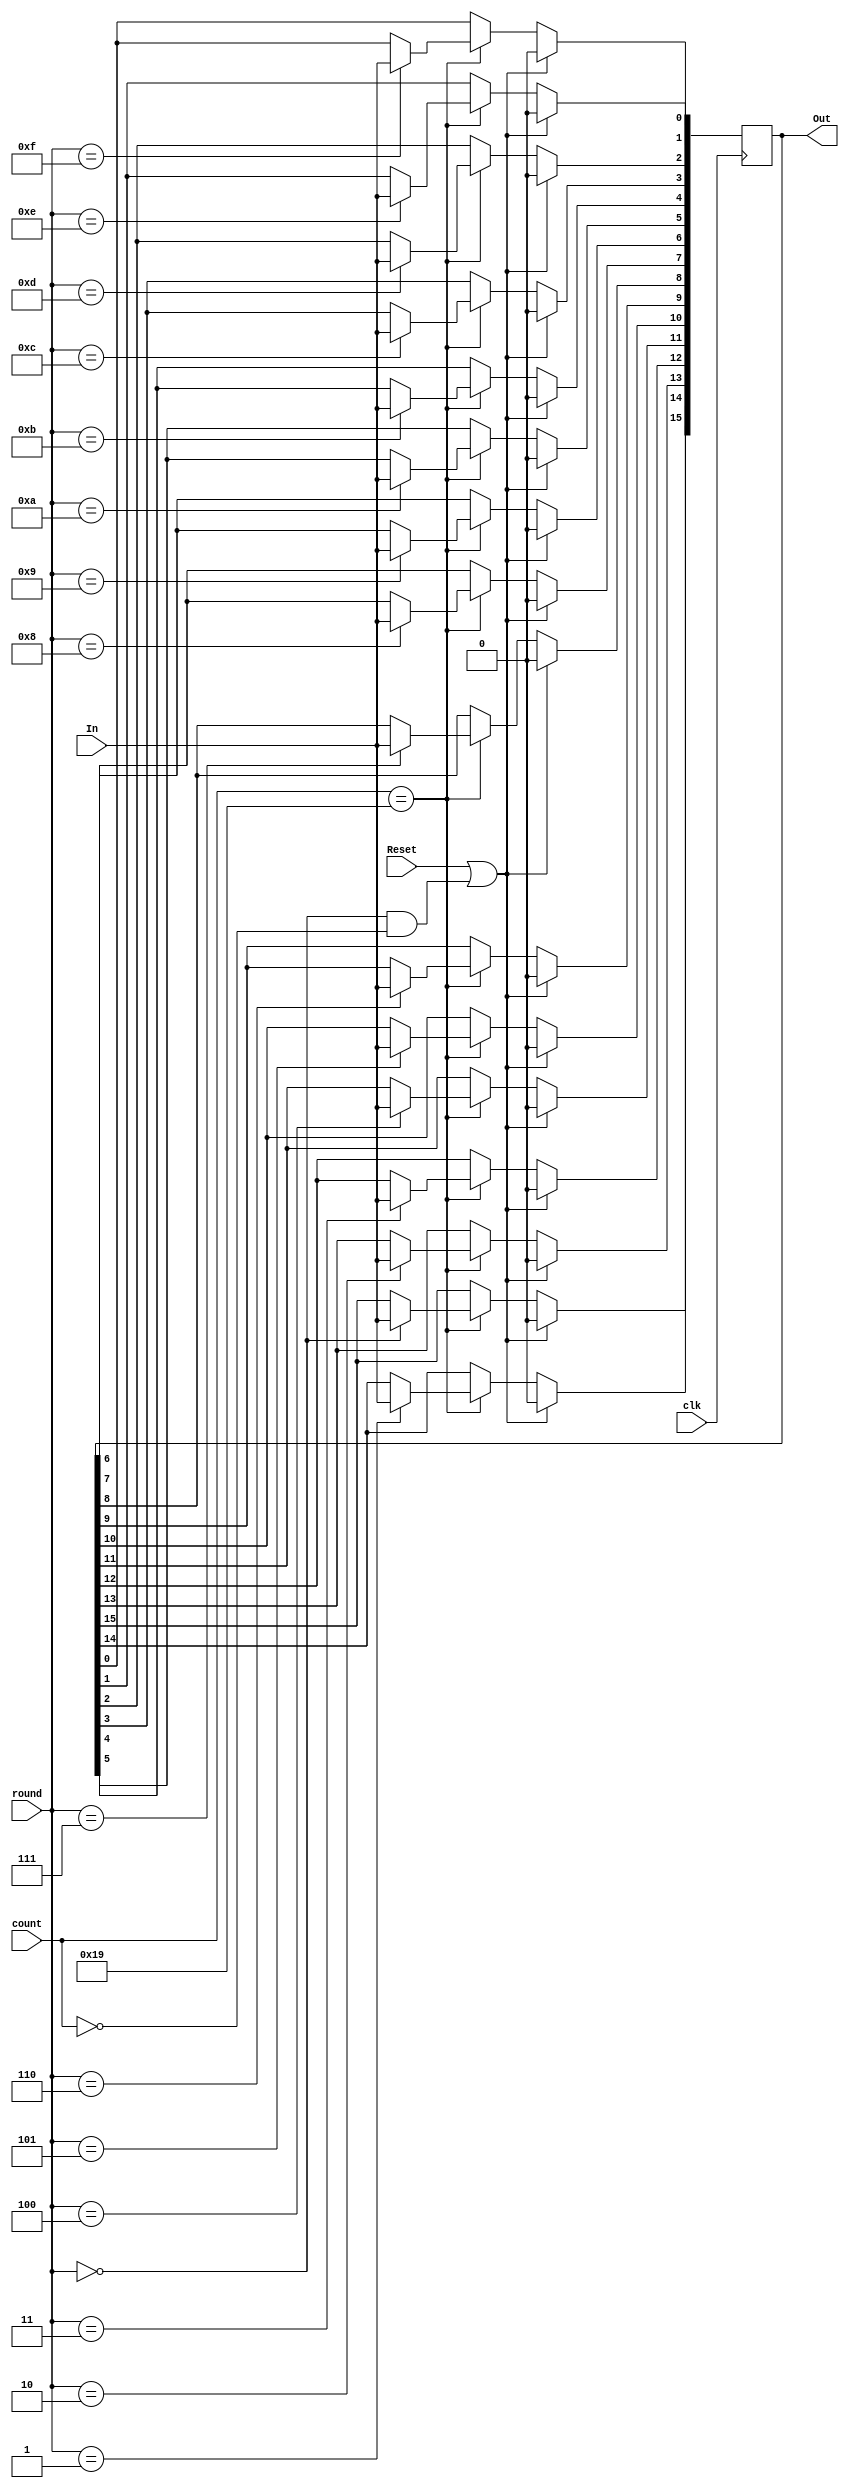
`timescale 1ns / 1ps

(* DONT_TOUCH = "true" *) 
module Response_Register(
    input In, clk,
    input [0:3] round,
    input [0:4] count,
    input Reset,
    output reg [0:15] Out
);

    always@( posedge clk )begin

        if( Reset || ( round == 4'd0 && count == 5'd0 ) )begin
            Out <= 16'd0;
        end
        else if( count == 5'd25 )begin
            
            case( round )
                4'd0:  Out[0]  <= In;
                4'd1:  Out[1]  <= In;
                4'd2:  Out[2]  <= In;
                4'd3:  Out[3]  <= In;
                4'd4:  Out[4]  <= In;
                4'd5:  Out[5]  <= In;
                4'd6:  Out[6]  <= In;
                4'd7:  Out[7]  <= In;
                4'd8:  Out[8]  <= In;
                4'd9:  Out[9]  <= In;
                4'd10: Out[10] <= In;
                4'd11: Out[11] <= In;
                4'd12: Out[12] <= In;
                4'd13: Out[13] <= In;
                4'd14: Out[14] <= In;
                4'd15: Out[15] <= In;
            endcase

        end

        else begin
            Out <= Out;
        end
    
    end

endmodule